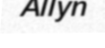
Allyn